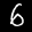
Label: 6